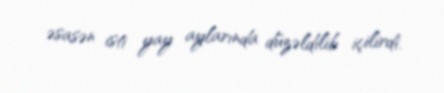
əsasən isti yay aylarında düzəldilib içilirdi.